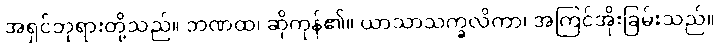
အရှင်ဘုရားတို့သည်။ ဘဏထ၊ ဆိုကုန်၏။ ယာသာသက္ခလိကာ၊ အကြင်အိုးခြမ်းသည်။